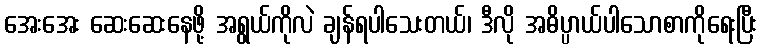
အေးအေး ဆေးဆေးနေဖို့ အရွယ်ကိုလဲ ချန်ရပါသေးတယ်၊ ဒီလို အဓိပ္ပာယ်ပါသောစာကိုရေးပြီး